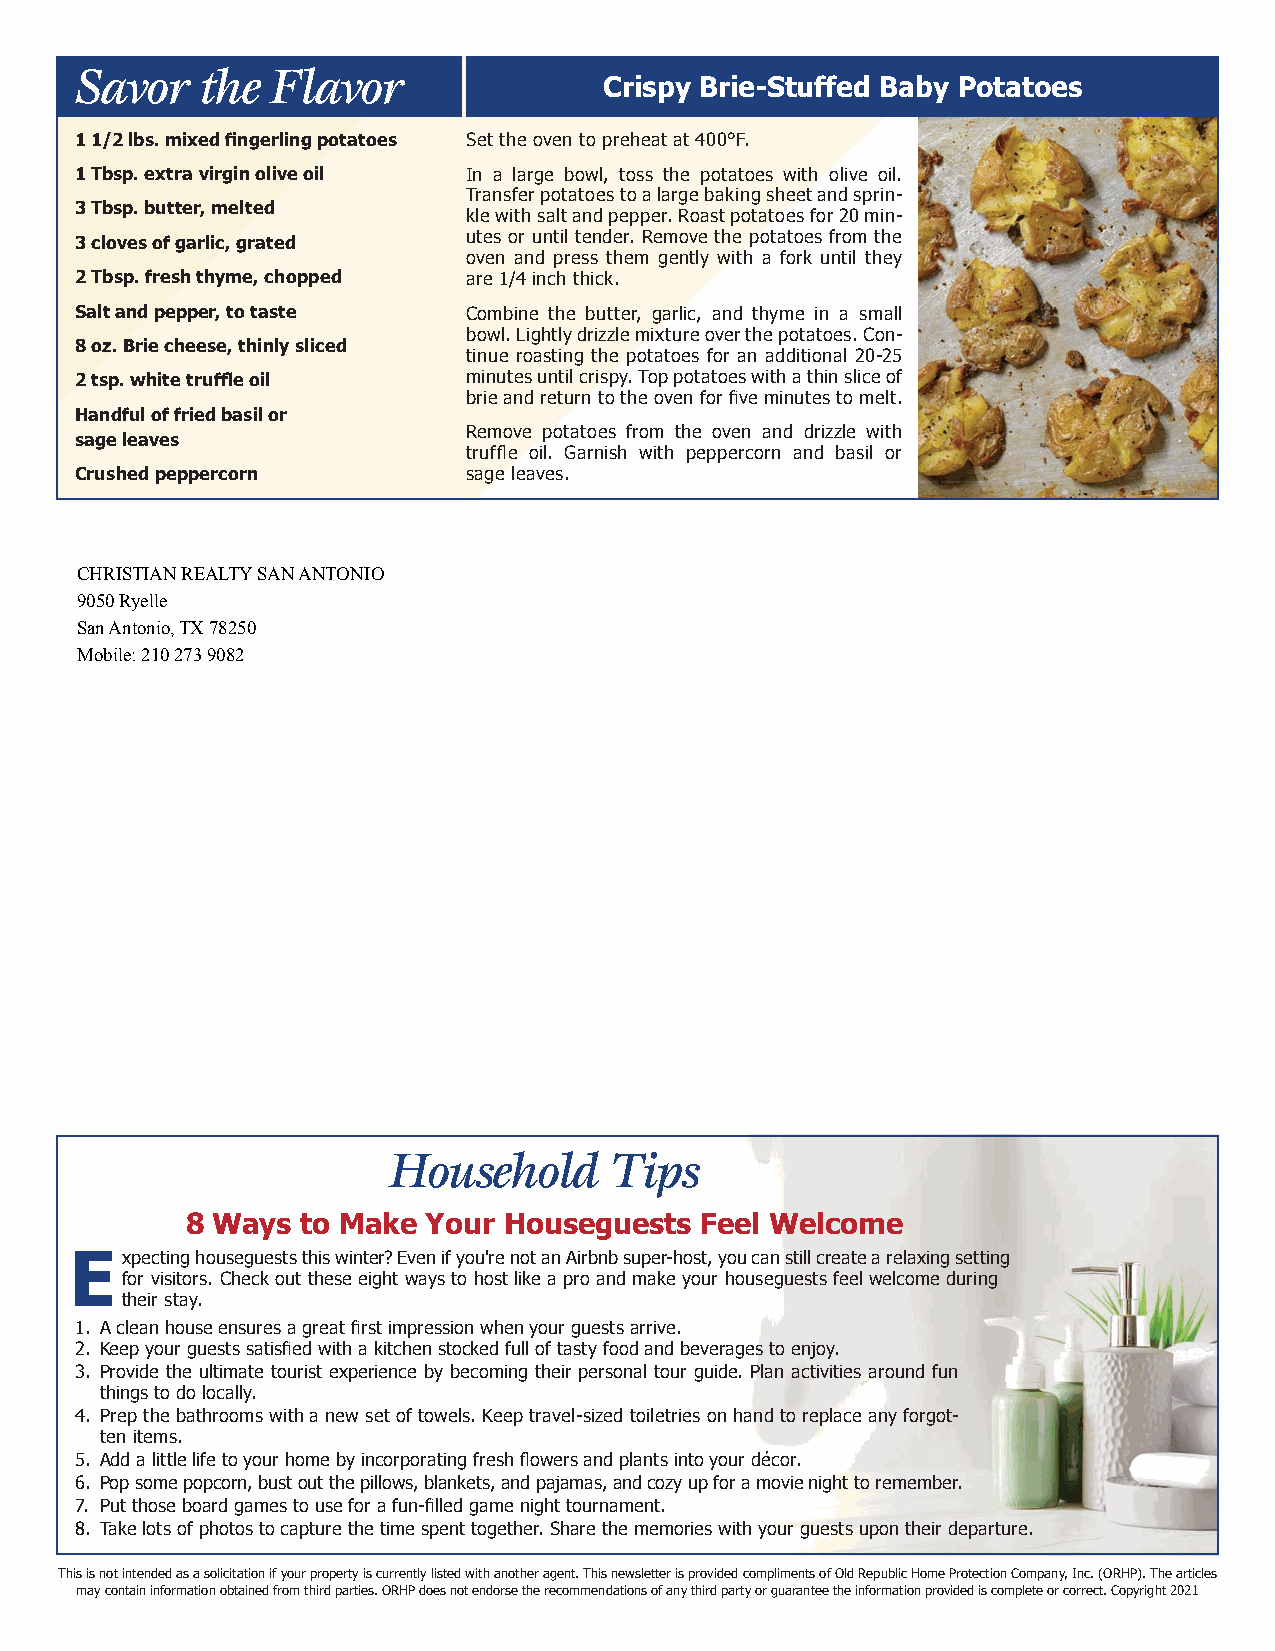
Savor   the  Flavor
 Crispy Brie-Stuffed Baby Potatoes
 1 1/2 lbs. mixed fingerling potatoes Set the oven to preheat at 400°F.
 1 Tbsp. extra virgin olive oil In a large bowl, toss the potatoes with olive oil.
 Transfer potatoes to a large baking sheet and sprin-
 3 Tbsp. butter, melted
 kle with salt and pepper. Roast potatoes for 20 min-
 3 cloves of garlic, grated utes or until tender. Remove the potatoes from the
 oven and press them gently with a fork until they
 2 Tbsp. fresh thyme, chopped are 1/4 inch thick.
 Salt and pepper, to taste Combine the butter, garlic, and thyme in a small
 bowl. Lightly drizzle mixture over the potatoes. Con-
 8 oz. Brie cheese, thinly sliced
 tinue roasting the potatoes for an additional 20-25
 2 tsp. white truffle oil  minutes until crispy. Top potatoes with a thin slice of
 brie and return to the oven for five minutes to melt.
 Handful of fried basil or
 Remove potatoes from the oven and drizzle with
 sage leaves
 truffle oil. Garnish with peppercorn and basil or
 Crushed peppercorn        sage leaves.
 CHRISTIAN REALTY SAN ANTONIO
 9050 Ryelle
 San Antonio, TX 78250
 Mobile: 210 273 9082
 Household     Tips
 8 Ways  to Make Your Houseguests  Feel Welcome
 Expecting houseguests this winter? Even if you're not an Airbnb super-host, you can still create a relaxing setting
 for visitors. Check out these eight ways to host like a pro and make your houseguests feel welcome during
 their stay.
 1. A clean house ensures a great first impression when your guests arrive.
 2. Keep your guests satisfied with a kitchen stocked full of tasty food and beverages to enjoy.
 3. Provide the ultimate tourist experience by becoming their personal tour guide. Plan activities around fun
 things to do locally.
 4. Prep the bathrooms with a new set of towels. Keep travel-sized toiletries on hand to replace any forgot-
 ten items.
 5. Add a little life to your home by incorporating fresh flowers and plants into your décor.
 6. Pop some popcorn, bust out the pillows, blankets, and pajamas, and cozy up for a movie night to remember.
 7. Put those board games to use for a fun-filled game night tournament.
 8. Take lots of photos to capture the time spent together. Share the memories with your guests upon their departure.
 This is not intended as a solicitation if your property is currently listed with another agent. This newsletter is provided compliments of Old Republic Home Protection Company, Inc. (ORHP). The articles
 may contain information obtained from third parties. ORHP does not endorse the recommendations of any third party or guarantee the information provided is complete or correct. Copyright 2021